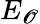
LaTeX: E_{\mathscr{O}}